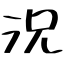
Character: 況